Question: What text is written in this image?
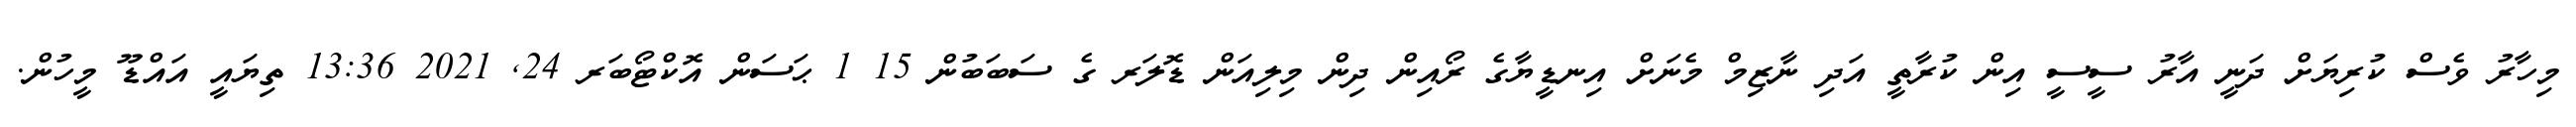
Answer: މިހާރު ވެސް ކުރިޔަށް ދަނީ އާރު ސީސީ އިން ކުރާތީ އަދި ނާޒިމް މެނަށް އިނޑީޔާގެ ރޯއިން ދިން މިލިއަން ޑޮލަރ ގެ ސަބަބުން 15 1 ޙަސަން އޮކްޓޯބަރ 24, 2021 13:36 ތިޔައީ އައްޑޫ މީހުން.